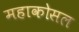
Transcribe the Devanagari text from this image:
महाकोसल